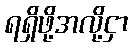
ရရှိဖို့အလို့ငှာ